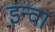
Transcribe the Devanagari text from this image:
इन्वा